Lunatic asylums Madras 1877-1891 - 1877-1891
Year: 1877
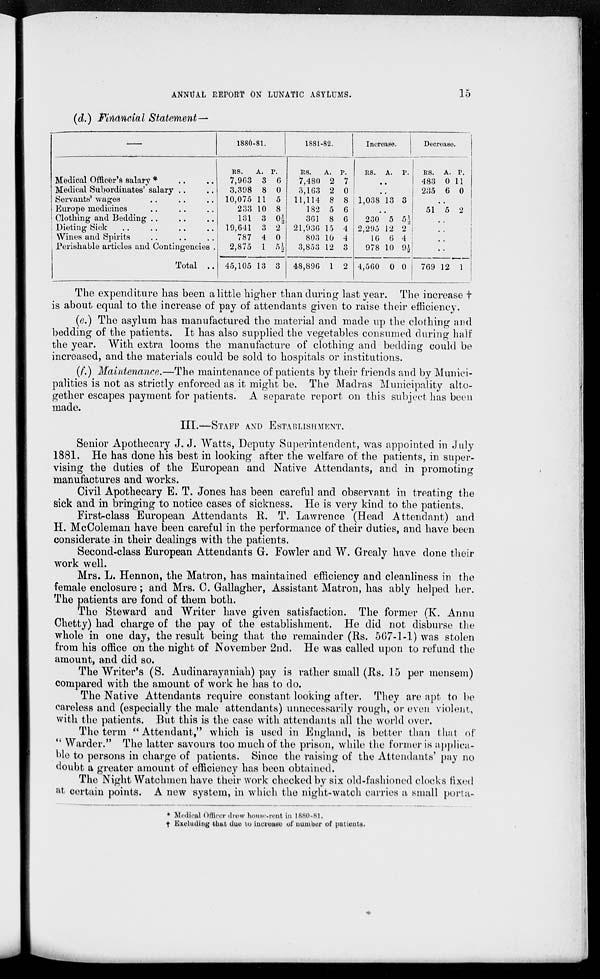
ANNUAL REPORT ON LUNATIC ASYLUMS.
15
(d.) Financial Statement—
—
Medical Officer's salary * .. ..
Medical Subordinates' salary .. ..
Servants' wages .. .. ..
Europe medicines .. .. ..
Clothing and Bedding .. .. ..
Dieting Sick .. .. .. ..
Wines and Spirits .. .. ..
Perishable articles and Contingencies.
Total ..
1880-81.
RS.
7,963
3,398
10,075
233
131
19,641
787
2,875
45,105
A.
3
8
11
10
3
3
4
1
13
P.
6
0
5
8
0 ½
2
0
5 ½
3
1881-82.
RS.
7,480
3,163
11,114
182
361
21,936
803
3,853
48,896
A.
2
2
8
5
8
15
10
12
1
P.
7
0
8
6
6
4
4
3
2
Increase.
RS. A. P.
..
..
1,038 13 3
..
230
2,295
16
978
4,560
5
12
6
10
0
5 ½
2
4
9 ½
0
Decrease.
RS.
483
235
A.
0
6
P.
11
0
..
51 5 2
..
..
..
..
769 12 1
The expenditure has been a little higher than during last year. The increase †
is about equal to the increase of pay of attendants given to raise their efficiency.
(e.) The asylum has manufactured the material and made up the clothing and
bedding of the patients. It has also supplied the vegetables consumed during half
the year. With extra looms the manufacture of clothing and bedding could be
increased, and the materials could be sold to hospitals or institutions.
(f.) Maintenance.—The maintenance of patients by their friends and by Munici-
palities is not as strictly enforced as it might be. The Madras Municipality alto-
gether escapes payment for patients. A separate report on this subject has been
made.
III.—STAFF AND ESTABLISHMENT.
Senior Apothecary J. J. Watts, Deputy Superintendent, was appointed in July
1881, He has done his best in looking after the welfare of the patients, in super-
vising the duties of the European and Native Attendants, and in promoting
manufactures and works.
Civil Apothecary E. T. Jones has been careful and observant in treating the
6ick and in bringing to notice cases of sickness. He is very kind to the patients.
First-class European Attendants R. T. Lawrence (Head Attendant) and
H. McColeman have been careful in the performance of their duties, and have been
considerate in their dealings with the patients.
Second-class European Attendants G. Fowler and W. Grealy have done their
work well.
Mrs. L. Hennon, the Matron, has maintained efficiency and cleanliness in the
female enclosure; and Mrs. 0. Gallagher, Assistant Matron, has ably helped her.
The patients are fond of them both.
The Steward and Writer have given satisfaction. The former (K. Annu
Chetty) had charge of the pay of the establishment. He did not disburse the
whole in one day, the result being that the remainder (Rs. 567-1-1) was stolen
from his office on the night of November 2nd. He was called upon to refund the
amount, and did so.
The Writer's (S. Audinarayaniah) pay is rather small (Rs. 15 per mensem)
compared with the amount of work he has to do.
The Native Attendants require constant looking after. They are apt to be
careless and (especially the male attendants) unnecessarily rough, or even violent,
with the patients. But this is the case with attendants all the world over.
The term "Attendant," which is used in England, is better than that of
" Warder." The latter savours too much of the prison, while the former is applica-
ble to persons in charge of patients. Since the raising of the Attendants' pay no
doubt a greater amount of efficiency has been obtained.
The Night Watchmen have their work checked by six old-fashioned clocks fixed
at certain points. A new system, in which the night-watch carries a small porta-
* Medical Officer drew house-rent in 1880-81.
† Excluding that due to increase of number of patients.